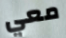
معي